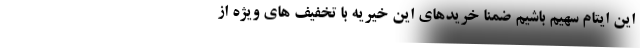
این ایتام سهیم باشیم ضمنا خریدهای این خیریه با تخفیف های ویژه از